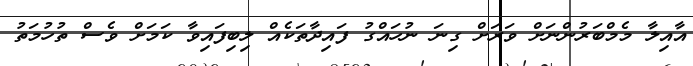
އާއިލާ މެމްބަރުންނަށް ވަރަށް ގިނަ ނުހައްގު ފައިދާތަކެއް ލިބިފައިވާ ކަމަށް ވެސް ތުހުމަތު